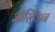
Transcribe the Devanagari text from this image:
ऑस्ट्रिअन